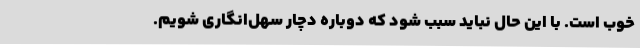
خوب است. با این حال نباید سبب شود که دوباره دچار سهل‌انگاری شویم.